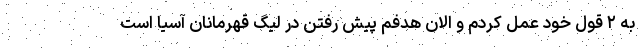
به ۲ قول خود عمل کردم و الان هدفم پیش رفتن در لیگ قهرمانان آسیا است